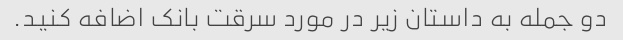
دو جمله به داستان زیر در مورد سرقت بانک اضافه کنید.